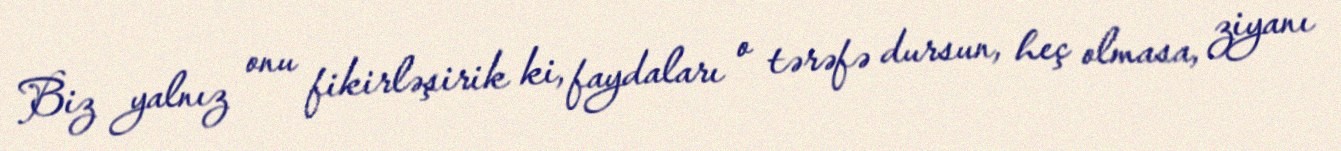
Biz yalnız onu fikirləşirik ki, faydaları o tərəfə dursun, heç olmasa, ziyanı